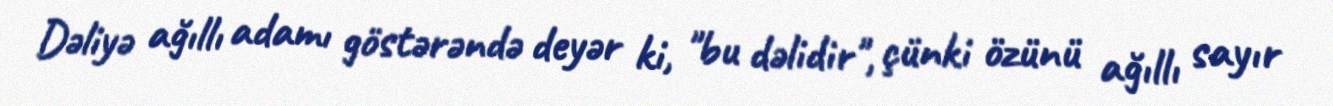
Dəliyə ağıllı adamı göstərəndə deyər ki, "bu dəlidir", çünki özünü ağıllı sayır